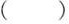
( )